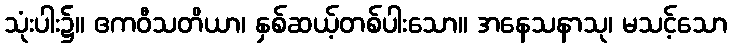
သုံးပါး၌။ ဧကဝီသတိယာ၊ နှစ်ဆယ့်တစ်ပါးသော။ အနေသနာသု၊ မသင့်သော